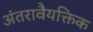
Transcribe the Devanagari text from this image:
अंतरावैयक्तिक